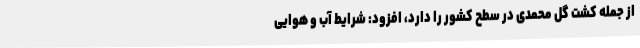
از جمله کشت گل محمدی در سطح کشور را دارد، افزود: شرایط آب و هوایی